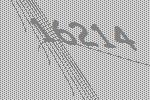
16214